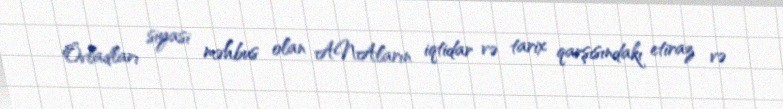
Övladları siyasi məhbus olan ANAların iqtidar və tarix qarşısındakı etiraz və